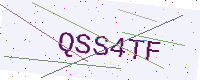
Text: QSS4TF